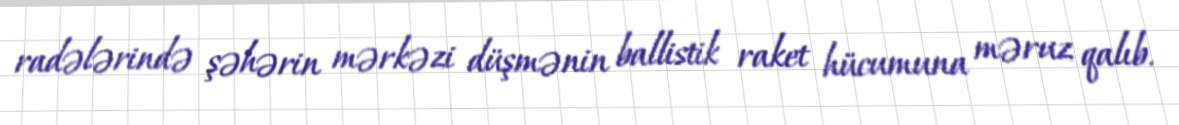
radələrində şəhərin mərkəzi düşmənin ballistik raket hücumuna məruz qalıb.